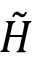
\boldsymbol { \tilde { H } }